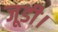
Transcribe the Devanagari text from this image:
जूडी।